Scottish Leaving Certificate Examination, 1952
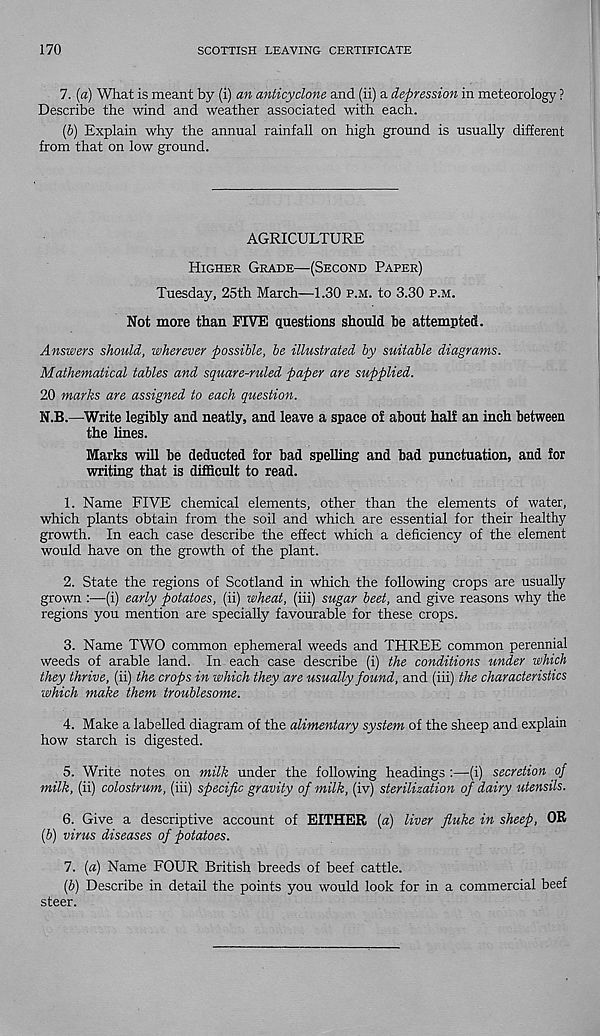
170
SCOTTISH LEAVING CERTIFICATE
7. (a) What is meant by (i) an anticyclone and (ii) a depression in meteorology ?
Describe the wind and weather associated with each.
(6) Explain why the annual rainfall on high ground is usually different
from that on low ground.
AGRICULTURE
Higher Grade—(Second Paper)
Tuesday, 25th March—1.30 p.m. to 3.30 p.m.
Not more than FIVE questions should be attempted.
Answers should, wherever possible, be illustrated by suitable diagrams.
Mathematical tables and square-ruled paper are supplied.
20 marks are assigned to each question.
N.B.—Write legibly and neatly, and leave a space of about half an inch between
the lines.
Marks will be deducted for bad spelling and bad punctuation, and for
writing that is difficult to read.
1. Name FIVE chemical elements, other than the elements of water,
which plants obtain from the soil and which are essential for their healthy
growth. In each case describe the effect which a deficiency of the element
would have on the growth of the plant.
2. State the regions of Scotland in which the following crops are usually
grown :—-(i) early potatoes, (ii) wheat, (iii) sugar beet, and give reasons why the
regions you mention are specially favourable for these crops.
3. Name TWO common ephemeral weeds and THREE common perennial
weeds of arable land. In each case describe (i) the conditions under which
they thrive, (ii) the crops in which they are usually found, and (iii) the characteristics
which make them troublesome.
4. Make a labelled diagram of the alimentary system of the sheep and explain
how starch is digested.
5. Write notes on milk under the following headings :—(i) secretion of
milk, (ii) colostrum, (iii) specific gravity of milk, (iv) sterilization of dairy utensils.
6. Give a descriptive account of EITHER {a) liver fluke in sheep, OR
(6) virus diseases of potatoes.
7. (a) Name FOUR British breeds of beef cattle.
[b) Describe in detail the points you would look for in a commercial beef
steer.